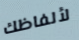
لألفاظك